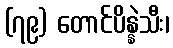
(၇၉) တောင်ပိန္နဲသီး၊